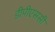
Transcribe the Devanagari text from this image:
डीपीएससी